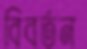
বিবর্তন